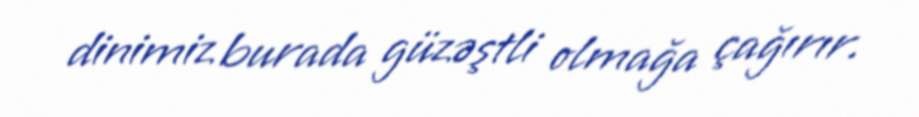
dinimiz burada güzəştli olmağa çağırır.